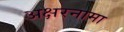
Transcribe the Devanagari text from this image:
अक्षरनामा